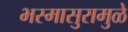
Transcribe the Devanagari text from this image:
भस्मासुरामुळे